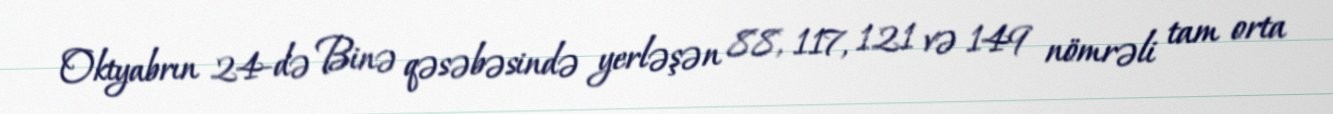
Oktyabrın 24-də Binə qəsəbəsində yerləşən 88, 117, 121 və 149 nömrəli tam orta